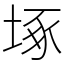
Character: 㙇